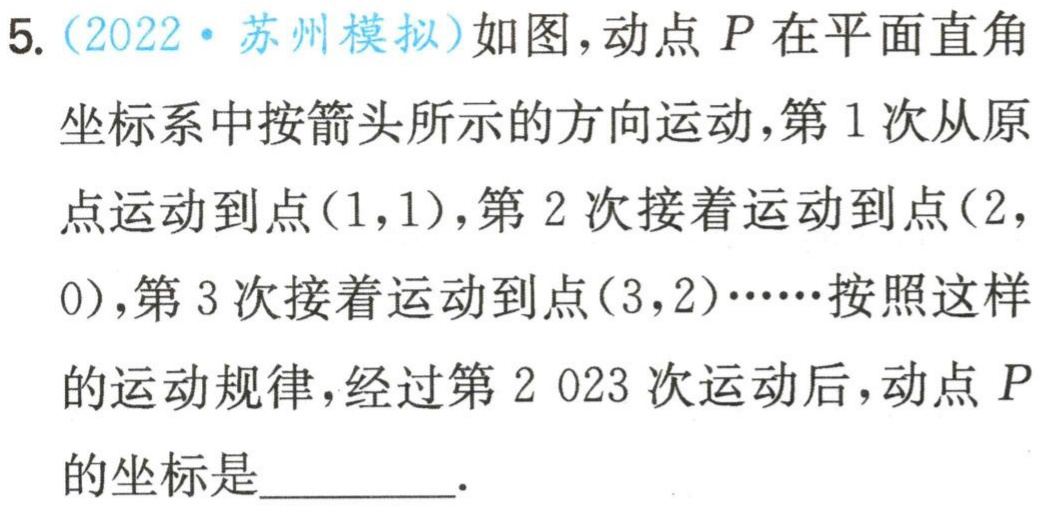
5. (2022·苏州模拟)如图，动点 \(P\) 在平面直角坐标系中按箭头所示的方向运动，第 \(1\) 次从原点运动到点\((1,1)\)，第 \(2\) 次接着运动到点\((2,0)\)，第 \(3\) 次接着运动到点\((3,2)\cdots\cdots\)按照这样的运动规律，经过第 \(2 023\) 次运动后，动点 \(P\)的坐标是  ．